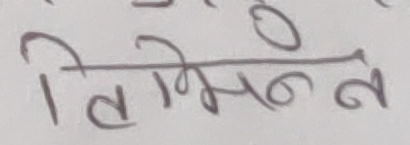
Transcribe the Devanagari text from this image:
तिम्रो न